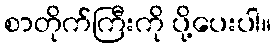
စာတိုက်ကြီးကို ပို့ပေးပါ။